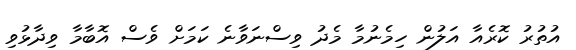
އުތުރު ކޮރެއާ އަލުން ހިމެނުމާ މެދު ވިސްނަވާނެ ކަމަށް ވެސް އޮބާމާ ވިދާޅުވި